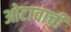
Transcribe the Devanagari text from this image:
ओटावाची